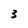
Character: 3